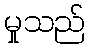
မှုသည်